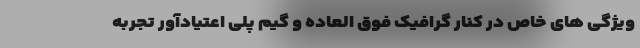
ویژگی های خاص در کنار گرافیک فوق العاده و گیم پلی اعتیادآور تجربه